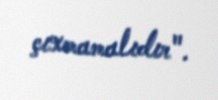
çıxmamalıdır".